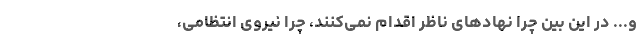
و... در این بین چرا نهادهای ناظر اقدام نمی‌کنند، چرا نیروی انتظامی،